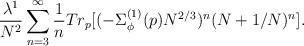
LaTeX: \begin{align*}\frac{\lambda^{1}}{N^2} \sum_{n=3}^{\infty}\frac{1}{n}Tr_p [(- \Sigma^{(1)}_{\phi}(p) N^{2/3})^n (N+1/N)^n].\end{align*}